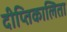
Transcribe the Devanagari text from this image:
दीप्तिकालिता